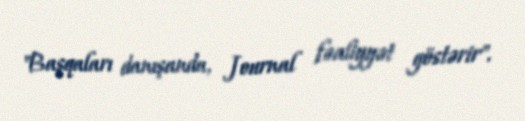
"Başqaları danışanda, Journal fəaliyyət göstərir".